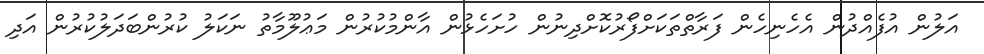
އަލުން އުފެއްދުން އެހެނިހެން ފަރާތްތަކަށްފޯރުކޮށްދިނުން ހުށަހެޅުން އާންމުކުރުން މަޢުލޫމާތު ނަކަލު ކުރުންބަދަލުކުރުން އަދި